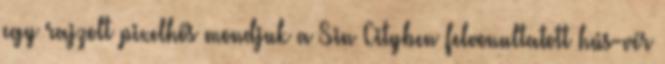
egy rajzolt pixelhős mondjuk a Sin Cityben felvonultatott hús-vér